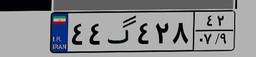
۴۴گ۴۲۸۴۲